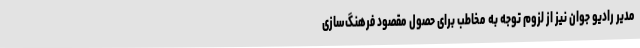
مدیر رادیو جوان نیز از لزوم توجه به مخاطب برای حصول مقصود فرهنگ‌سازی